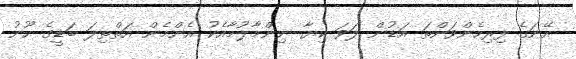
އޭނަގެ ފިރިހެންވަންތަ އަޑުން ލަވަ ކިޔާ ނިންމާލުމާއެކު އެންމެން އަތްތިލަ ބަޑީގެ ހޫނު